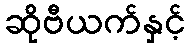
ဆိုဗီယက်နှင့်